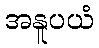
အနူပယံ